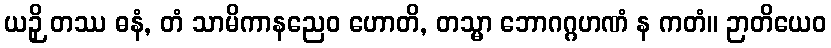
ယဉှိ တဿ ဓနံ, တံ သာမိကာနညေဝ ဟောတိ, တသ္မာ ဘောဂဂ္ဂဟဏံ န ကတံ။ ဉာတိယေဝ